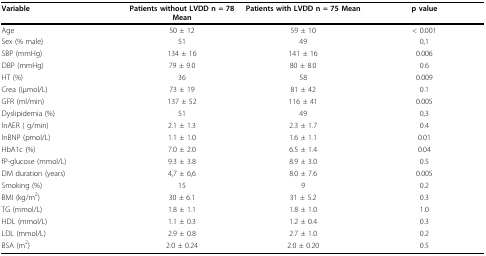
| Variable | Patients without LVDD n = 78 Mean | Patients with LVDD n = 75 Mean | p value |
 | --- | --- | --- | --- |
 | Age | 50 ± 12 | 59 ± 10 | < 0.001 |
 | Sex (% male) | 51 | 49 | 0,1 |
 | SBP (mmHg) | 134 ± 16 | 141 ± 16 | 0.006 |
 | DBP (mmHg) | 79 ± 9.0 | 80 ± 8.0 | 0.6 |
 | HT (%) | 36 | 58 | 0.009 |
 | Crea ((μmol/L) | 73 ± 19 | 81 ± 42 | 0.1 |
 | GFR (ml/min) | 137 ± 52 | 116 ± 41 | 0.005 |
 | Dyslipidemia (%) | 51 | 49 | 0,3 |
 | lnAER ( g/min) | 2.1 ± 1.3 | 2.3 ± 1.7 | 0.4 |
 | lnBNP (pmol/L) | 1.1 ± 1.0 | 1.6 ± 1.1 | 0.01 |
 | HbA1c (%) | 7.0 ± 2.0 | 6.5 ± 1.4 | 0.04 |
 | fP-glucose (mmol/L) | 9.3 ± 3.8 | 8.9 ± 3.0 | 0.5 |
 | DM duration (years) | 4,7 ± 6,6 | 8.0 ± 7.6 | 0.005 |
 | Smoking (%) | 15 | 9 | 0.2 |
 | BMI (kg/m2) | 30 ± 6.1 | 31 ± 5.2 | 0.3 |
 | TG (mmol/L) | 1.8 ± 1.1 | 1.8 ± 1.0 | 1.0 |
 | HDL (mmol/L) | 1.1 ± 0.3 | 1.2 ± 0.4 | 0.3 |
 | LDL (mmol/L) | 2.9 ± 0.8 | 2.7 ± 1.0 | 0.2 |
 | BSA (m2) | 2.0 ± 0.24 | 2.0 ± 0.20 | 0.5 |